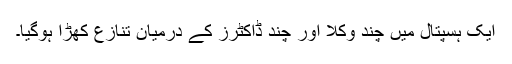
ایک ہسپتال میں چند وکلا اور چند ڈاکٹرز کے درمیان تنازع کھڑا ہوگیا۔